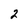
Character: 2